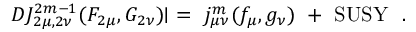
D J _ { 2 \mu , 2 \nu } ^ { 2 m - 1 } ( F _ { 2 \mu } , G _ { 2 \nu } ) \! \! \mid \ = \ j _ { \mu \nu } ^ { m } ( f _ { \mu } , g _ { \nu } ) \ + \ \mathrm { S U S Y } \ \ .